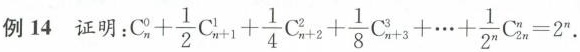
例 14 证明: $$C _{ n } ^ { 0 } + \frac { 1 } { 2 } C _ { n + 1 } ^ { 1 } + \frac { 1 } { 4 } C _ { n + 2 } ^ { 2 } + \frac { 1 } { 8 } C _ { n + 3 } ^ { 3 } + … + \frac { 1 } { 2 ^ { n } } C _ { 2 n } ^ { n } = 2 ^ { n }$$.